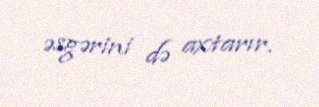
əsgərini də axtarır.